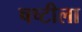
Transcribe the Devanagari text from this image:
षष्टीला